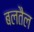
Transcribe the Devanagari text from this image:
बलतैल